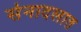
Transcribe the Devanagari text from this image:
सेनादलात